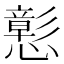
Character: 𢣪